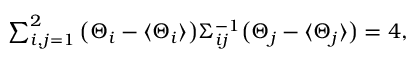
\begin{array} { r } { \sum _ { i , j = 1 } ^ { 2 } \big ( \Theta _ { i } - \langle \Theta _ { i } \rangle \big ) \Sigma _ { i j } ^ { - 1 } \big ( \Theta _ { j } - \langle \Theta _ { j } \rangle \big ) = 4 , } \end{array}